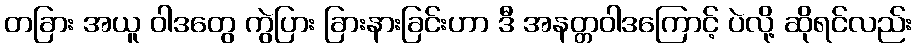
တခြား အယူ ဝါဒတွေ ကွဲပြား ခြားနားခြင်းဟာ ဒီ အနတ္တဝါဒကြောင့် ပဲလို့ ဆိုရင်လည်း